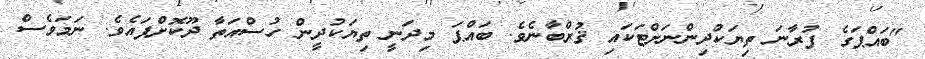
"ބައްޕަގެ ފުރާނަ ތިޔަކުދިންނަށްޓަކައި ޤުރްބާނެވެ. ބައްޕަ މިދަނީ ތިޔަކުދީން ހުސްއަތާ ދޫކޮށްފައެވެ. ނަމަވެސް